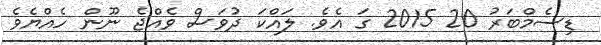
ޑިސެމްބަރު 20 2015 ގަ އެވެ. ލައްކަ ދުވަސް ވެއްޖެ ނޫން ހެއްޔެވެ